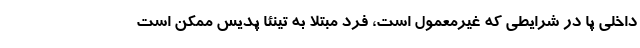
داخلی پا در شرایطی که غیرمعمول است، فرد مبتلا به تینئا پدیس ممکن است